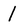
Character: 1